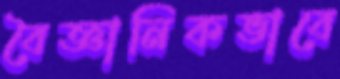
বৈজ্ঞানিকভাবে